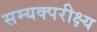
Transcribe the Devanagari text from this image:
सम्यक्परीक्ष्य